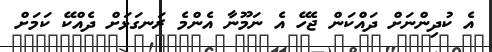
އެ ކުދިންނަށް ދައްކަން ޖެހޭ އެ ނަމޫނާ އެންމެ ރަނގަޅަށް ދެއްކޭ ކަމަށް